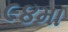
૯૪મા